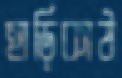
হাড়িকাঠ